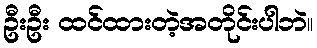
ဦးဦး ထင်ထားတဲ့အတိုင်းပါဘဲ။